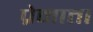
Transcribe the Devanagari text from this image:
प्रेमाता